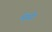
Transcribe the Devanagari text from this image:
पेंगो